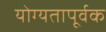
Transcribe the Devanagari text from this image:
योग्‍यतापूर्वक